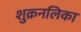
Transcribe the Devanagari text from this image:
शुक्रनलिका